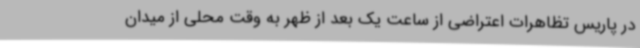
در پاریس تظاهرات اعتراضی از ساعت یک بعد از ظهر به وقت محلی از میدان